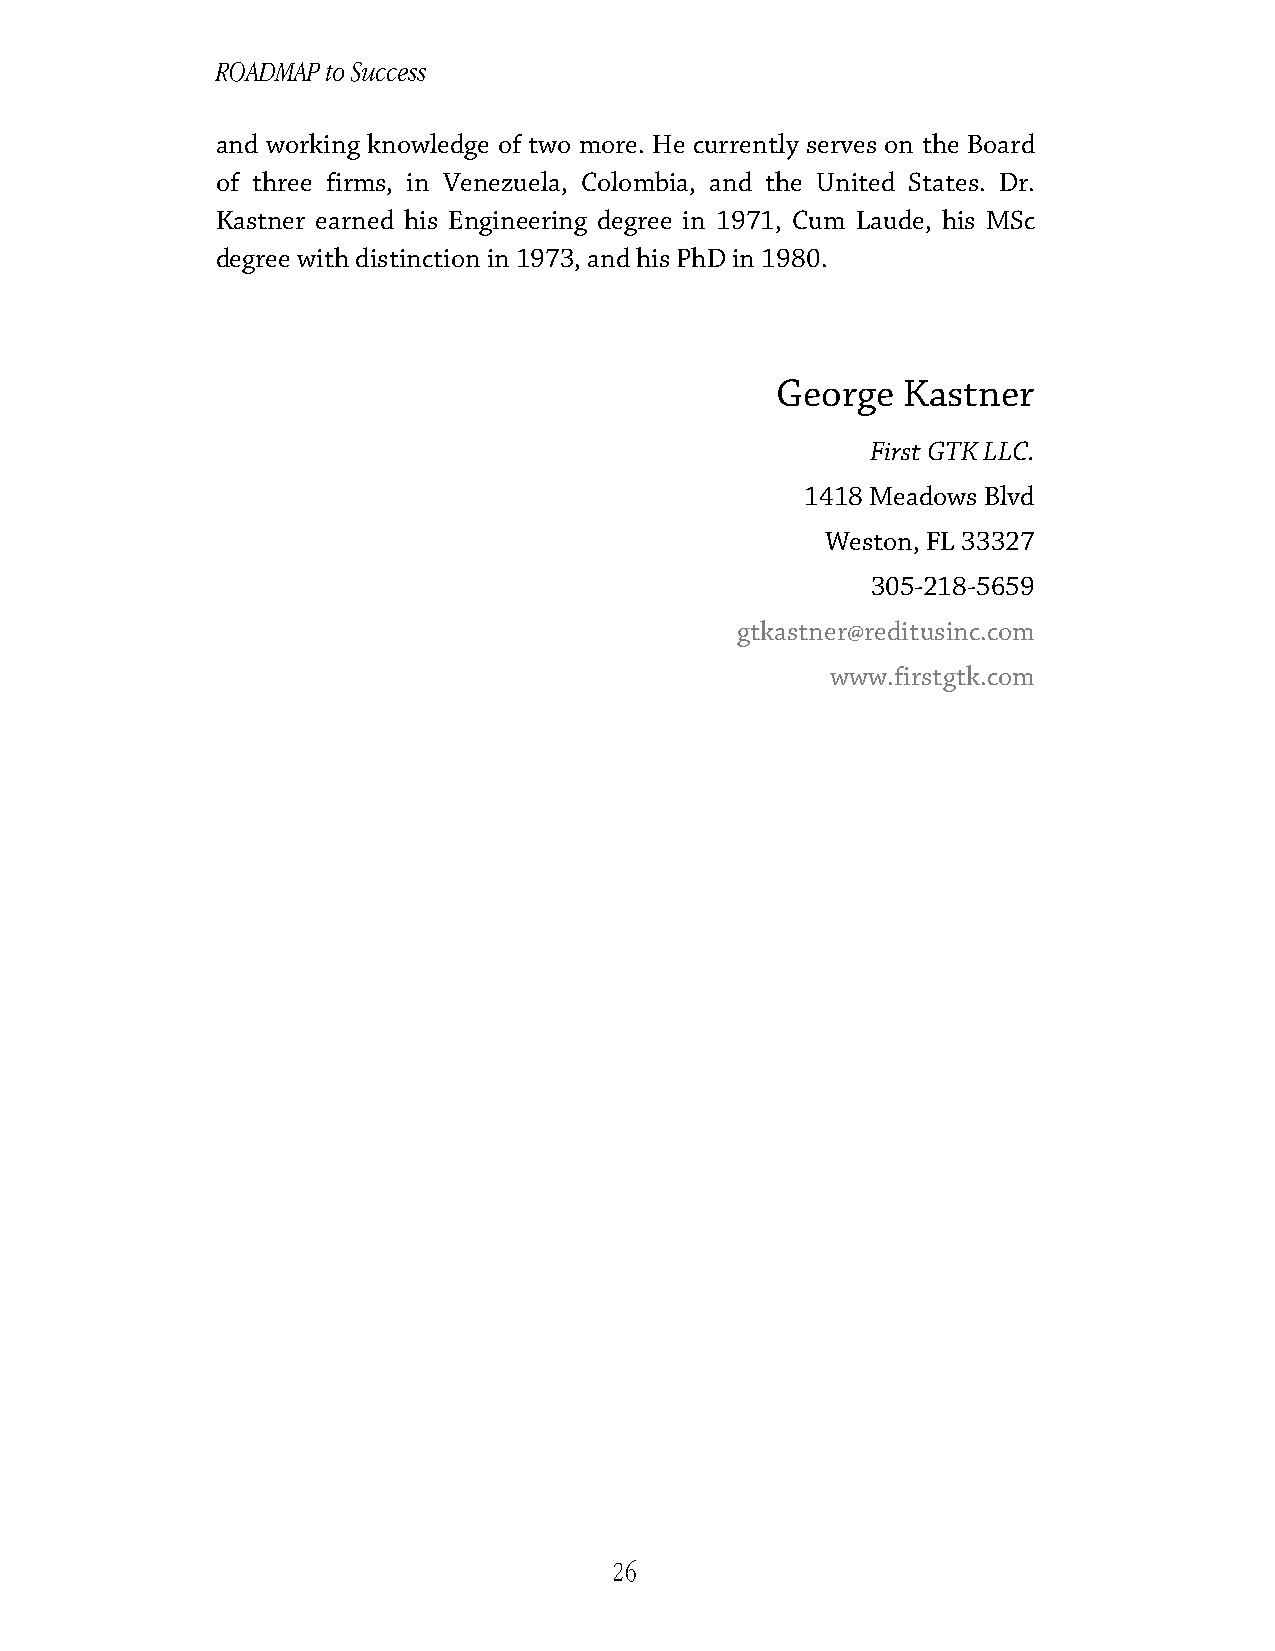
ROADMAP to Success
 and working knowledge of two more. He currently serves on the Board
 of three firms, in Venezuela, Colombia, and the United States. Dr.
 Kastner earned his Engineering degree in 1971, Cum Laude, his MSc
 degree with distinction in 1973, and his PhD in 1980.
 George   Kastner
 First GTK LLC.
 1418 Meadows Blvd
 Weston, FL 33327
 305-218-5659
 gtkastner@reditusinc.com
 www.firstgtk.com
 26